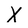
Character: X